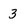
Character: 3